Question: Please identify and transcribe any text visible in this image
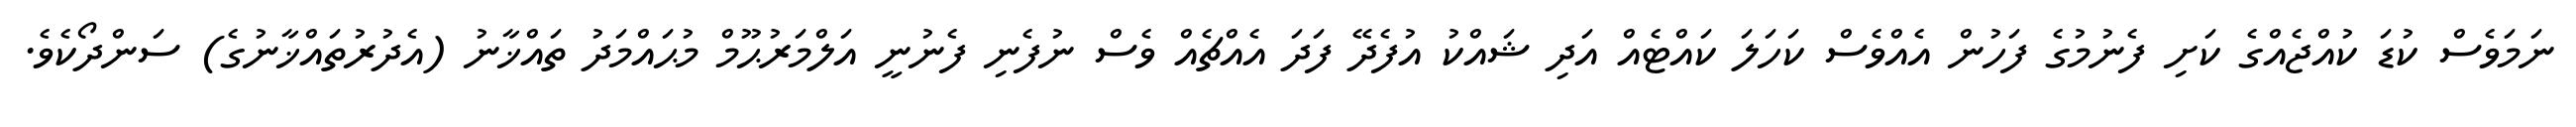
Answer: ނަމަވެސް ކުޑަ ކުއްޖެއްގެ ކަށި ފެނުމުގެ ފަހުން އެއްވެސް ކަހަލަ ކައްޓެއް އަދި ޝައްކު އުފެދޭ ފަދަ އެއްޗެއް ވެސް ނުފެނި ފެނުނީ އަލްމަރުޙޫމް މުޙައްމަދު ތައްޚާނު (އެދުރުތައްޚާނުގެ) ސަންދޯކެވެ.